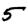
Digit: 5